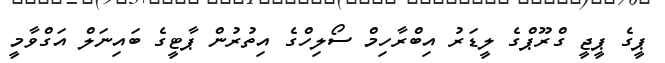
ޕީގެ ޕީޖީ ގްރޫޕްގެ ލީޑަރު އިބްރާހިމް ސޯލިހްގެ އިތުރުން ޕާޓީގެ ބައިނަލް އަގްވާމީ